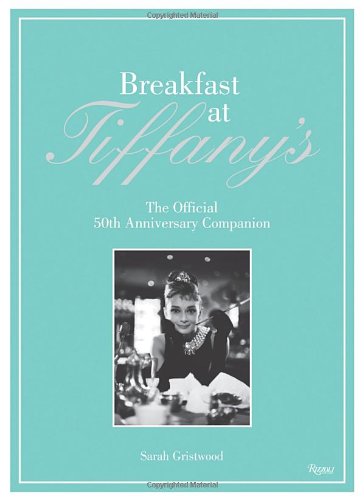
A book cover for Breakfast at Tiffany's: The Official 50th Anniversary Companion; Sarah Gristwood; Humor & Entertainment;